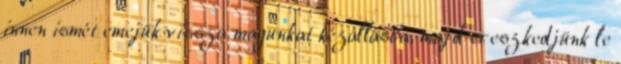
innen ismét emejük vissza magunkat kézállásba, majd ereszkedjünk le